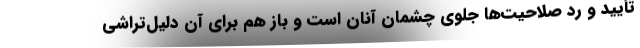
تأیید و رد صلاحیت‌ها جلوی چشمان آنان است و باز هم برای آن دلیل‌تراشی